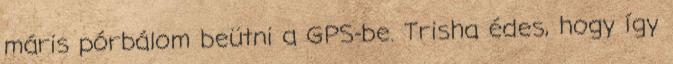
máris pórbálom beütni a GPS-be. Trisha édes, hogy így